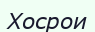
Хосрои